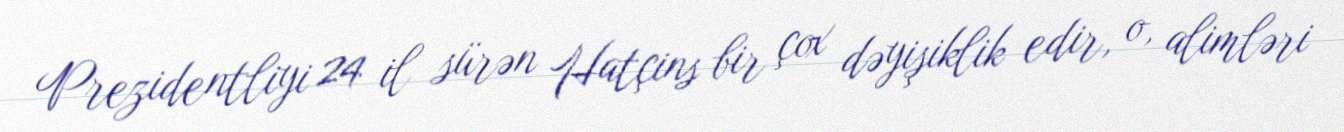
Prezidentliyi 24 il sürən Hatçins bir çox dəyişiklik edir, o, alimləri